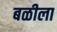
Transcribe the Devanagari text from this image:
बळीला